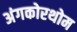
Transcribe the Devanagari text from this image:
अंगकोरथोम